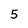
Character: 5